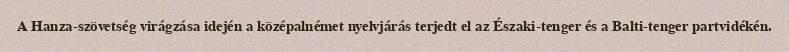
A Hanza-szövetség virágzása idején a középalnémet nyelvjárás terjedt el az Északi-tenger és a Balti-tenger partvidékén.